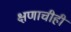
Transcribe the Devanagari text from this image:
क्षणाचीही